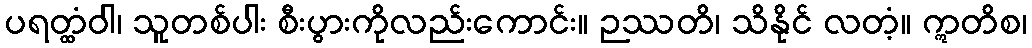
ပရတ္ထံဝါ၊ သူတစ်ပါး စီးပွားကိုလည်းကောင်း။ ဉဿတိ၊ သိနိုင် လတံ့။ ဣတိစ၊